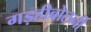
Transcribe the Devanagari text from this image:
गड़हीबोलनी